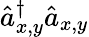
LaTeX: \hat{a}_{x,y}^{\dagger}\hat{a}_{x,y}